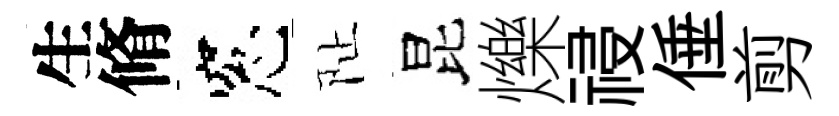
生脩窓阯昆爍祲倕剪